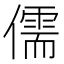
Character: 儒